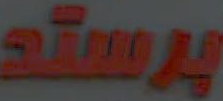
برستد